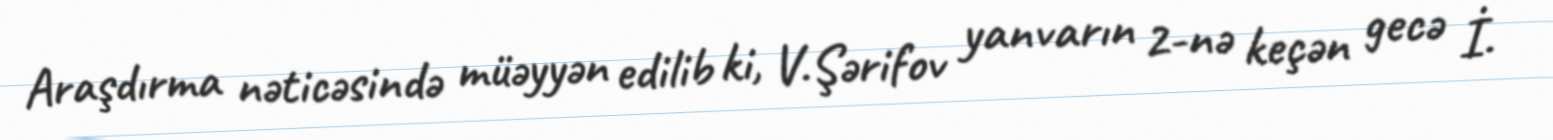
Araşdırma nəticəsində müəyyən edilib ki, V.Şərifov yanvarın 2-nə keçən gecə İ.